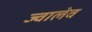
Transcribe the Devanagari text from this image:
ज्वालेव